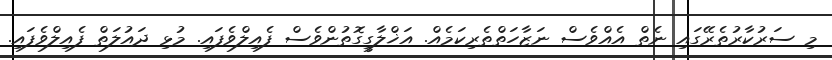
މި ސަރުކާރުތެރޭގައި ނެތް އެއްވެސް ނަޒާހަތްތެރިކަމެއް. އަޚްލާގީގޮތުންވެސް ފެެެއިލްވެފައި. މުޅި ދައުލަތް ފެއިލްވެފައި.